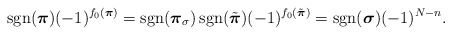
\begin{align*} \mathop{\mathrm{sgn}}(\boldsymbol{\pi})(-1)^{f_0(\boldsymbol{\pi})}=\mathop{\mathrm{sgn}}(\boldsymbol{\pi}_\sigma)\mathop{\mathrm{sgn}}(\tilde{\boldsymbol{\pi}})(-1)^{f_0(\tilde{\boldsymbol{\pi}})}=\mathop{\mathrm{sgn}}(\boldsymbol{\sigma})(-1)^{N-n}.\end{align*}